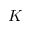
K